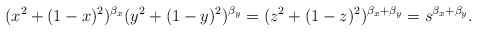
\begin{align*}(x^2 + (1-x)^2)^{\beta_x} (y^2 + (1-y)^2)^{\beta_y} = (z^2 + (1-z)^2)^{\beta_x + \beta_y} = s^{\beta_x + \beta_y}.\end{align*}